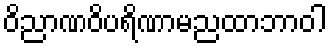
ဝိညာဏဝိပရိဏာမညထာဘာဝါ